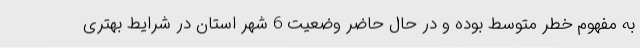
به مفهوم خطر متوسط بوده و در حال حاضر وضعیت 6 شهر استان در شرایط بهتری